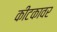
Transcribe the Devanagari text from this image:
कीटकावर